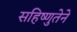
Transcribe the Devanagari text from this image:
सहिष्णुतेने